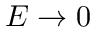
E \to 0